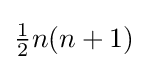
{\tfrac {1}{2}}n(n+1)